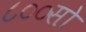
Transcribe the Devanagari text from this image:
८००सो